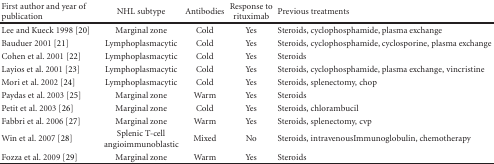
<table><thead><tr><td><b>First author and year of publication</b></td><td><b>NHL subtype</b></td><td><b>Antibodies</b></td><td><b> Response to rituximab</b></td><td><b>Previous treatments</b></td></tr></thead><tbody><tr><td>Lee and Kueck 1998 [20]</td><td>Marginal zone</td><td>Cold</td><td>Yes</td><td>Steroids, cyclophosphamide, plasma exchange</td></tr><tr><td>Bauduer 2001 [21]</td><td>Lymphoplasmacytic</td><td>Cold</td><td>Yes</td><td>Steroids, cyclophosphamide, cyclosporine, plasma exchange</td></tr><tr><td>Cohen et al.2001 [22]</td><td>Lymphoplasmacytic</td><td>Cold</td><td>Yes</td><td>Steroids</td></tr><tr><td>Layios et al. 2001 [23]</td><td>Lymphoplasmacytic</td><td>Cold</td><td>Yes</td><td>Steroids, cyclophosphamide, plasma exchange, vincristine</td></tr><tr><td>Mori et al. 2002 [24]</td><td>Lymphoplasmacytic</td><td>Cold</td><td>Yes</td><td>Steroids, splenectomy, chop</td></tr><tr><td>Paydas et al. 2003 [25]</td><td>Marginal zone</td><td>Warm</td><td>Yes</td><td>Steroids</td></tr><tr><td>Petit et al. 2003 [26]</td><td>Marginal zone</td><td>Cold</td><td>Yes</td><td>Steroids, chlorambucil</td></tr><tr><td>Fabbri et al. 2006 [27]</td><td>Marginal zone</td><td>Warm</td><td>Yes</td><td>Steroids, splenectomy, cvp</td></tr><tr><td>Win et al. 2007 [28]</td><td>Splenic T-cell angioimmunoblastic</td><td>Mixed</td><td>No</td><td>Steroids, intravenousImmunoglobulin, chemotherapy</td></tr><tr><td>Fozza et al. 2009 [29]</td><td>Marginal zone</td><td>Warm</td><td>Yes</td><td>Steroids</td></tr></tbody></table>